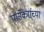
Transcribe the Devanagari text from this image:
पार्सेकरांच्या